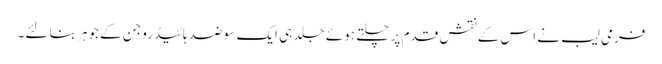
فرمی لیب نے اس کے نقش قدم پر چلتے ہوئے جلد ہی ایک سو ضد ہائیڈروجن کے جوہر بنا لئے۔